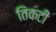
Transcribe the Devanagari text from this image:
तिकटी